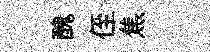
醜侄焦